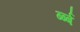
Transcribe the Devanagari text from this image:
र्ब्ब्ब